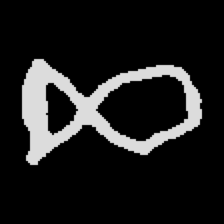
Pyu character \u2014 Myanmar letter: ဆ (romanized: cha)